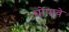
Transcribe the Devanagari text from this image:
धोपावे